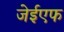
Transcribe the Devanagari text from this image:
जेईएफ